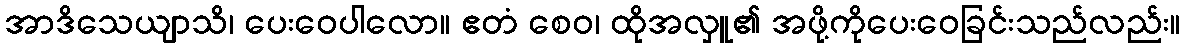
အာဒိသေယျာသိ၊ ပေးဝေပါလော။ ဧတံ စေဝ၊ ထိုအလှူ၏ အဖို့ကိုပေးဝေခြင်းသည်လည်း။